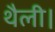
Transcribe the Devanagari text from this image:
थैली।